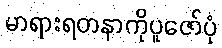
မာရားရတနာကိုပူဇော်ပုံ